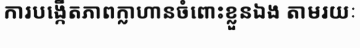
ការបង្កើតភាពក្លាហានចំពោះខ្លួនឯង តាមរយៈ